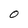
Character: O